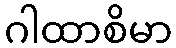
ဂါထာစိမာ